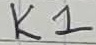
Text: K1